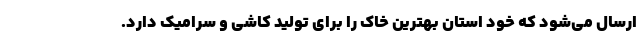
ارسال می‌شود که خود استان بهترین خاک را برای تولید کاشی و سرامیک دارد.